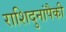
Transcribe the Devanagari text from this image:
राशिदुनांपैकी